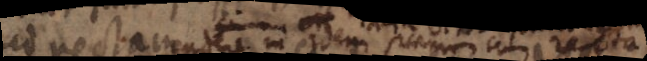
ad rectam endere in idem _ cum recta